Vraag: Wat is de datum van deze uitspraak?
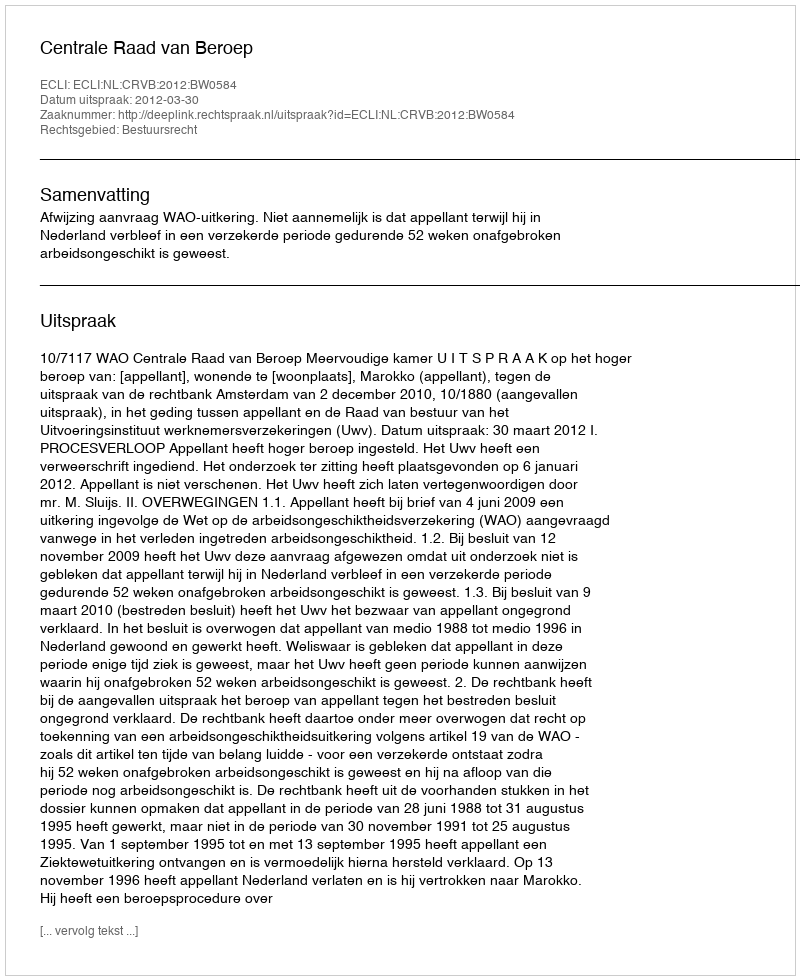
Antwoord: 2012-03-30